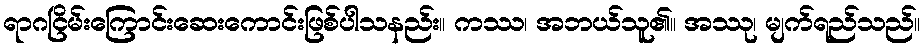
ရာဂငြိမ်းကြောင်းဆေးကောင်းဖြစ်ပါသနည်း။ ကဿ၊ အဘယ်သူ၏။ အဿု၊ မျက်ရည်သည်။